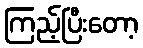
ကြည့်ပြီးတော့